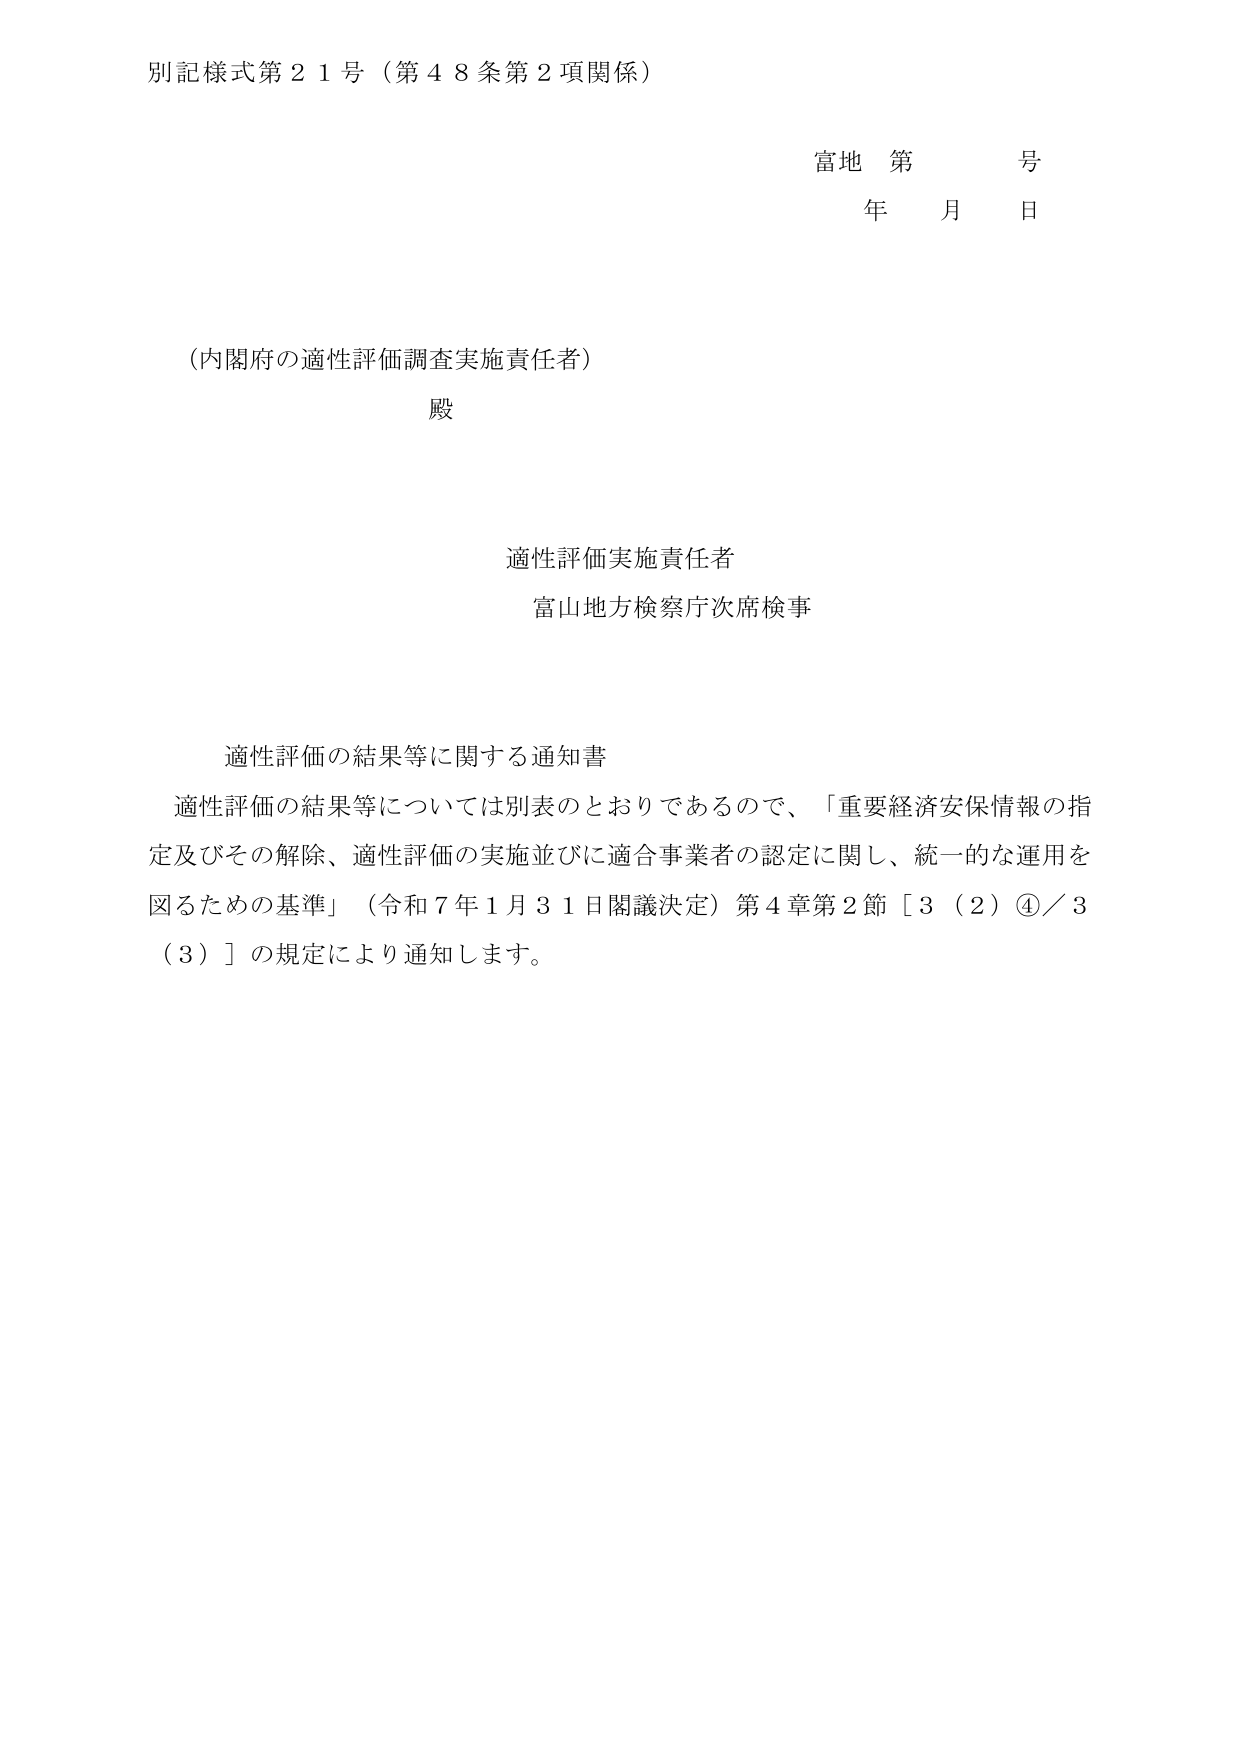
別記様式第２１号（第４８条第２項関係）

富地 第 号
年 月 日

（内閣府の適性評価調査実施責任者）
殿

適性評価実施責任者
富山地方検察庁次席検事

適性評価の結果等に関する通知書
適性評価の結果等については別表のとおりであるので、「重要経済安保情報の指定及びその解除、適性評価の実施並びに適合事業者の認定に関し、統一的な運用を図るための基準」（令和７年１月３１日閣議決定）第４章第２節［３（２）④／３（３）］の規定により通知します。